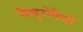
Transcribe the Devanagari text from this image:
नैचुरोपैथी